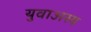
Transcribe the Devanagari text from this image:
युवाअस्य